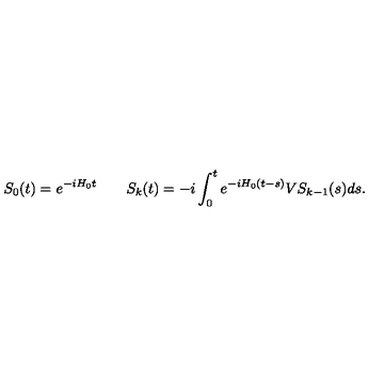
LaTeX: S _ { 0 } ( t ) = e ^ { - i H _ { 0 } t } \qquad S _ { k } ( t ) = - i \int _ { 0 } ^ { t } e ^ { - i H _ { 0 } ( t - s ) } V S _ { k - 1 } ( s ) d s .